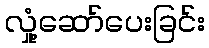
လှုံ့ဆော်ပေးခြင်း